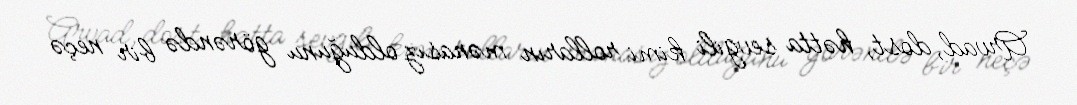
Arvad, dost, hətta sevgili kimi rolların mənasız olduğunu görəndə bir neçə